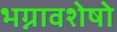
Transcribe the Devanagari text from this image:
भग्नावशेषो